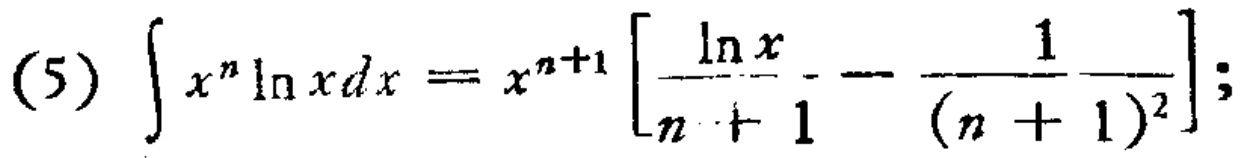
(5) \(\int x^{n}\ln xdx = x^{n + 1}\left[\frac{\ln x}{n + 1}-\frac{1}{(n + 1)^{2}}\right];\)